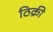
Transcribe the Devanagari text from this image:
ठिक्री